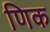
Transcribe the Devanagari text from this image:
णिक